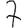
Digit: 7